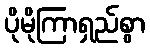
ပိုမိုကြာရှည်စွာ